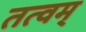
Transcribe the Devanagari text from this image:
तत्वम्